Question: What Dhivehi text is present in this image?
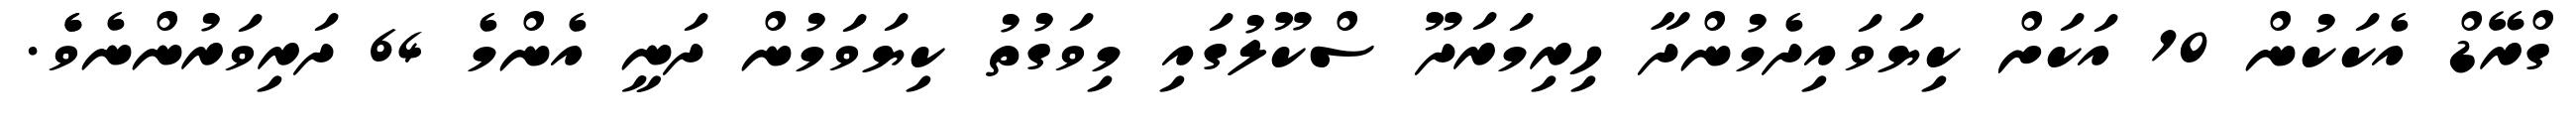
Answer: ގްރޭޑް އެކަކުން 10 އަކަށް ކިޔަވައިދެމުންދާ ހިރިމަރަދޫ ސްކޫލުގައި މިވަގުތު ކިޔަވަމުން ދަނީ އެންމެ 64 ދަރިވަރުންނެވެެ.